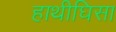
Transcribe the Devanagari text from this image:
हाथीघिसा